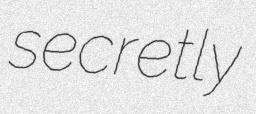
secretly